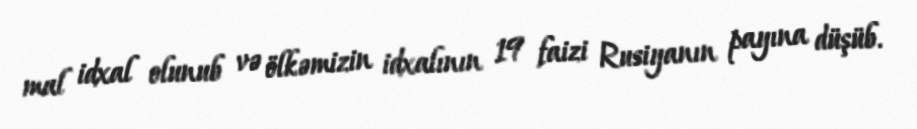
mal idxal olunub və ölkəmizin idxalının 19 faizi Rusiyanın payına düşüb.